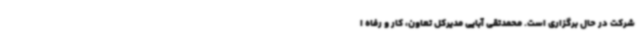
شرکت در حال برگزاری است. محمدتقی آبایی مدیرکل تعاون، کار و رفاه ا